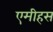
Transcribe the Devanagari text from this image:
एमीहस